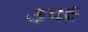
૩૫૯